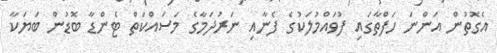
އެގޮތުން އަންނަ ހަފްތާގައި ފުވައްމުލަކުގެ ފެނާއި ނަރުދަމާގެ މަސައްކަތް ޓެންޑާ ބޮޑުން ބަޔަކާ